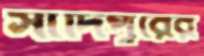
সাদিপুরের